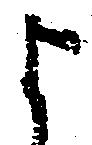
よ